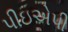
પીઇએપી